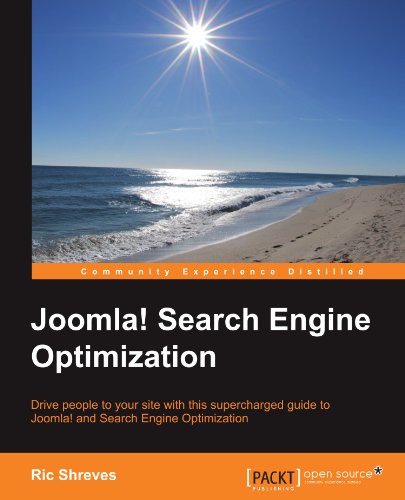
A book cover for Joomla! Search Engine Optimization; Ric Shreves; Computers & Technology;